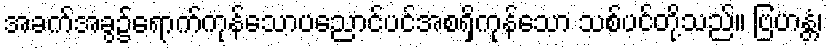
အခက်အခွ၌ရောက်ကုန်သောပညောင်ပင်အစရှိကုန်သော သစ်ပင်တို့သည်။ ဗြဟန္တံ၊